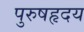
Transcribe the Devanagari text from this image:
पुरुषहृदय